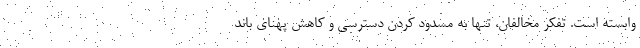
وابسته است. تفکر مخالفان، تنها به مسدود کردن دسترسی و کاهش پهنای باند